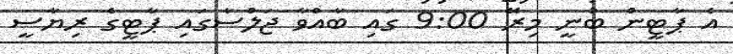
އެ ޕާޓީން ބުނީ މިރޭ 9:00 ގައި ބާއްވާ ޖަލްސާގައި ޕާޓީގެ ރިޔާސީ